Vital statistics of India. Vol. IV, Annual returns from 1871 to 1876. British Army of India, Native Army and jails of Bengal
Year: 1871
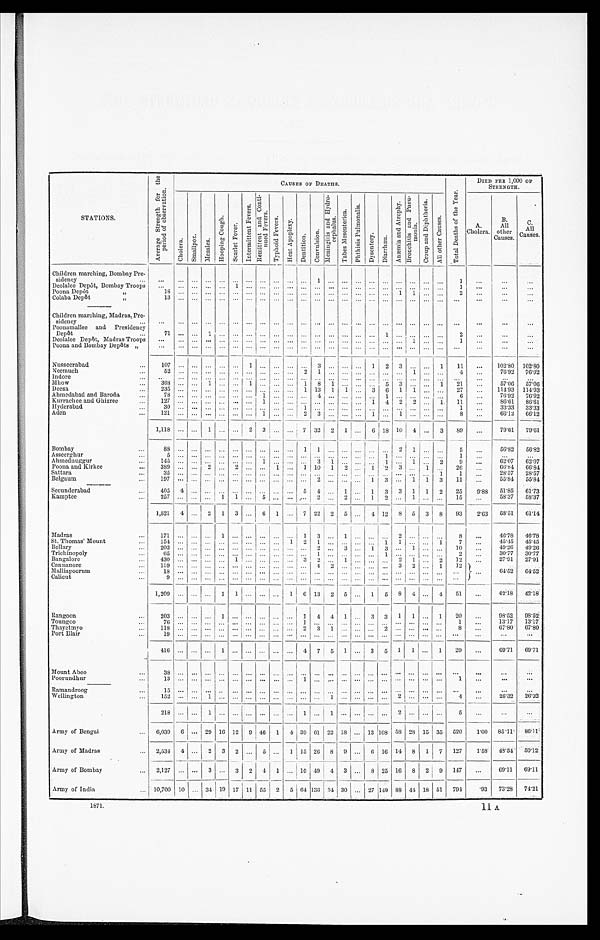
STATIONS.
CAUSES or MUMS.
DIED PER 1,000 or
STRENGTII.
A.
Cholera.
B.
All
other
Causes.
C.
All
Causes.
Children marching, Bombay Pre-
sidency
••
•••
•••
— ... ...
... ... ... ...
...
""•• "• "•
1
...
...
Deolalee Depot, Bombay Troops
...
... ... ...
...
Poona DepOt
f ,
18
...
... ...
... ... ... ...
... ... ...
Colaba Depot
3,
11
...
...
... ... ... ... ... ... ... ... ... ... ...
...
...
...
•••
Children marching, Madras,Pre-
sidency
...
...
... ...
... ••• ...
... ... ... ... ... ... ... ... ... ... ...
...
...
...
Poonamallee and Presidency
DepOt
•••
Deolalee DepOt, Madras Troops
71
..
...
•••
...
...
1
-.
...
... •••
••.
...
...
...
...
...
...
...
...
... ...
...
...
... ... ...
•••
1
...
...
•••
... ...
1
...
...
...
...
Poona and Bombay Depots „
••• ... ••• ... ••• ••• ... ... ... ... ••• ••• ••• ••• ••• •••
•••
•••
Nusseerahad
...
107
1 ... ... ... ...
3 ... ...
I
I ... 1 2 3 ... ... 1
11
...
102'80 102'80
Neemuch
...
76'92 76'92
Indore
...
111ho
..
...
...
...
...
1
...
...
...
...
...
1
...
8
... ... ... ... ... ... ... ... ...
...
...
57'06
...
57'06
Deesa
..
235
.
1 13 l 1 ... 3 6 1 1 ... I .
27
...
111'93 114'93
Ahmedabad and Baroda
...
78 ..
...
76'92
76'92
Kurrachee and Ghizree
..
127
... ... ... ... 1 4 2 2 ... 1
11
..,
86'61 .86'61
Ilyderabad
..
30
... ... ...
... ... ... ...
.., ... ... ... ...
:33'33
31'33
Aden
...
121
1
2 3
1
1
8
...
66'12 66'12
1,118 ... ... 1 ... ... 2
... 7 32 2 1 ... 6 1 18 10 4 .., 3
89
-
...
79'61
7'61
Bombay
...
88
_
56'82
56'82
Asseerghur
...
Alimednugg,ur
...
14 ... ...
... ... ...
...
1
9
...
...
62'07
...
62'07
Poona and Kirke°... 2 ... ... 1 ... 1 10 1 2 ... 1 •'2 3 ... 1 .
26
66'81
66'84
Sattara
...
...
... ... ... ... ... ... ••• ... ... ... ••• ••• •••
1
28'57
28'57
Belgaum
...
1
3 ... 1 1 3
11
...
55'81
55'84 •
--
Secunderabad
...
405 4 ... ... .
... ... ...
••• 5 4 ... 1 ... 1 3 3 1 1
2
25
9.88
51'85
61'73
Kamptee
...
257
1 1
--
5
—
2
1 2
1
15
—
58'37
—
58'37
1,521 4
2 1 3 ... 6 1 ... 7 22 2 5 ... 4 12 8 5 3 8
93
2'63
58'51
61'14
Madras
...
171 ... ...
1 ...
... ...
... ... ...
8
...
46'78
46'78
St. Thomas' Moun
15
... ... ... ..
1 2 1
45'15
45'45
B ell a ry
•••
203 .............................
2 ... 3 ... 1 3 •••
49'26
49'26
Triehinopoly
...
... ... ... ... ...
...
2
30'77
30'77
Bangalore
3
12
2791
27'91
Cannanor
••• ••• ••• ••• ••• ••• 4 2 ... ... .., ...
2 ... 1
1.
6-.1:'52
64'52
.111alliapoorum
...
18 ...
... ... ... ... ... ... ••• ••• •••
Calicut
...
9
... I••• ••• ... ••• I •••
••• I ••• ••• ••• ••• •••
1,209 ... ... ... 1 1 ... ... ... 1 I 6 13 2
-
5 ... 1
—
5 8 4 ... 4
51
—
.
42'18
42'18
Rangoo
1 ... ...
... 1 4 4 1 ... 3 3 1 1 ... 1
20
...
98'52
98•52;
...
Toungoo•••
........
... ...
•••
1
11'17
67'80
13'17
67'80
Thayetmyo—
•••
•-• •••
Port Blair
., ... ••• ... ••• ••• ... ••• ... ••• ... ... ... ••• ••• ••• ••• •••
...
•••
•••
41
........
1...............
4 7 5 1 ...
5 1 1 ... 1
29
...
69'71
69'71
Mount Aboo•
...
...
...
.
Poorundhur
•••
13
... ... ...
1
... ... ...
...
Ramandroog
Wellington
•••
15
152
...
...
...
...
...
1
.. ...
...
...
... ...
...
...
... ...
. 4
*- ,,,
_
...
26'32
...
26'32
... ...
1
•••
Army of Beng,a1
... 6,039 6 ... 29 16 12 9 46 1 4 39 61 22 18 ... 1 13 108 58 28 15 35 520
1'00 85'11
-----
86'11(
Army of Madras
... 2,534 4 ... 12 3 2 ... S
1 15 20 8 9 ... 6 16 14 8 I1 1 7 127
1'58 43'54
50'12 '
Army of Bombay
2,127 ... .. I 3 ... 3 2 4 1 ... 10 49 4 3 ... 8 25 16 8 2 1 9
I
147
...
69'11
69'11
Army of India
.. . 10,700 10 ... 13.1 119 17 11 55 2 5 61 1
I
34 30
27 143 83 11 18 51 791
I
•93 7:3'28
71'21
1871.
11 A